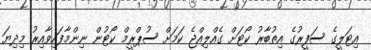
އިޓަލީގެ ސަފީރުގެ އިތުބާރު ކޯޓަށް ގެއްލިއްޖެ ކަމަށް ސުޕްރީމް ކޯޓުން ނިންމާފައިވާއިރު މިދިޔަ